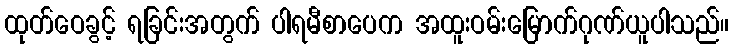
ထုတ်ဝေခွင့် ရခြင်းအတွက် ပါရမီစာပေက အထူးဝမ်းမြောက်ဂုဏ်ယူပါသည်။